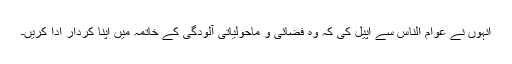
انہوں نے عوام الناس سے اپیل کی کہ وہ فضائی و ماحولیاتی آلودگی کے خاتمہ میں اپنا کردار ادا کریں۔